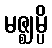
မဇ္ဈမ္ပိ